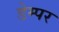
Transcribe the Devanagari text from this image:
डेम्पर